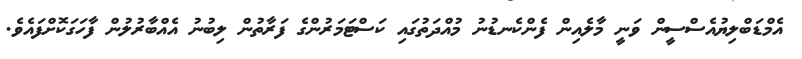
އެމްޑަބްލިޔުއެސްސީން ވަނީ މާލެއިން ފެންކެނޑުނު މުއްދަތުގައި ކަސްޓަމަރުންގެ ފަރާތުން ލިބުނު އެއްބާރުލުން ފާހަގަކޮށްފައެވެ.